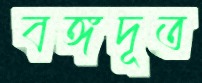
বঙ্গদূত